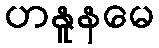
ဟနူနမေ